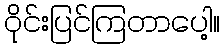
ဝိုင်းပြင်ကြတာပေါ့။